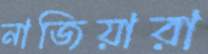
নাজিয়ারা